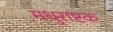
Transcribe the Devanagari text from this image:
मधुराष्टक